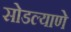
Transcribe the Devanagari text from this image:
सोडल्याणे